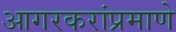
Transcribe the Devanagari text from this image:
आगरकरांप्रमाणे